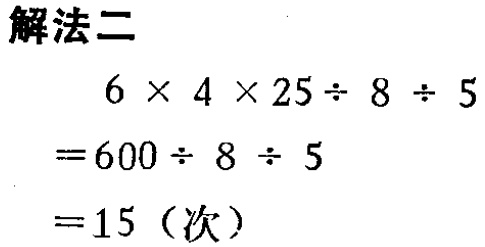
\[\begin{align*}
&6\times4\times25\div8\div5\\
=&600\div8\div5\\
=&15 (\text{次})
\end{align*}\]